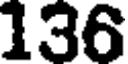
136